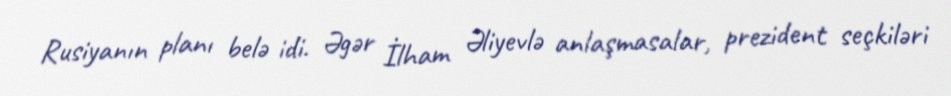
Rusiyanın planı belə idi. Əgər İlham Əliyevlə anlaşmasalar, prezident seçkiləri